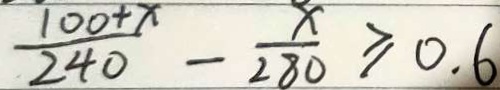
\frac { 1 0 0 + x } { 2 4 0 } - \frac { x } { 2 8 0 } \geq 0 . 6